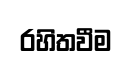
රහිතවීම